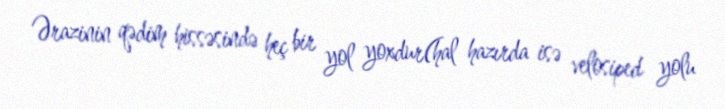
Ərazinin qədim hissəsində heç bir yol yoxdur(hal hazırda isə velosiped yolu